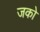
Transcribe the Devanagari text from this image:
जको